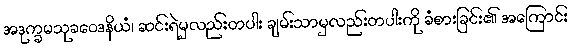
အဒုက္ခမသုခဝေဒနိယံ၊ ဆင်းရဲမှလည်းတပါး ချမ်းသာမှလည်းတပါးကို ခံစားခြင်း၏ အကြောင်း